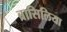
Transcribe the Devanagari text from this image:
ब्रासिलिया